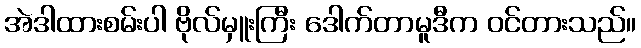
အဲဒါထားစမ်းပါ ဗိုလ်မှူးကြီး ဒေါက်တာမူဒီက ဝင်တားသည်။